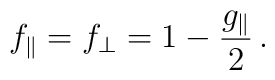
f_{\parallel}=f_{\perp}=1-\frac{g_{\parallel}}{2}\, .